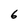
Character: 6